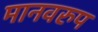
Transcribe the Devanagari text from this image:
मानवरुप